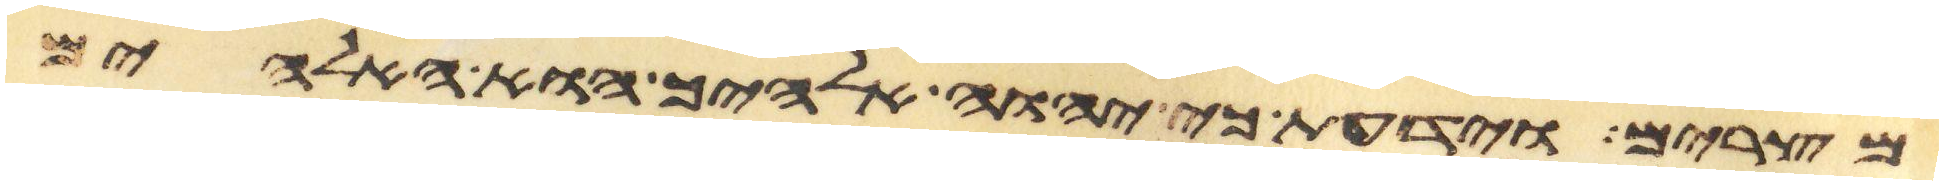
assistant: מצרים וידעת כי יהוה אלהיך הוא האלהים